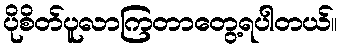
ပိုစိတ်ပူလာကြတာတွေ့ရပါတယ်။